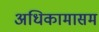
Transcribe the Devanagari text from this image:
अधिकामासम